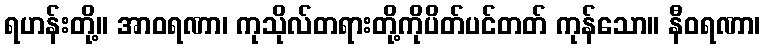
ရဟန်းတို့။ အာဝရဏာ၊ ကုသိုလ်တရားတို့ကိုပိတ်ပင်တတ် ကုန်သော။ နီဝရဏာ၊